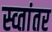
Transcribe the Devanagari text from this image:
स्व्तांतर